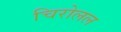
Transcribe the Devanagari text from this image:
चिरोलल